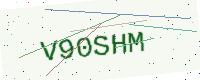
Text: V90SHM